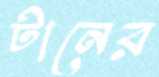
টানের